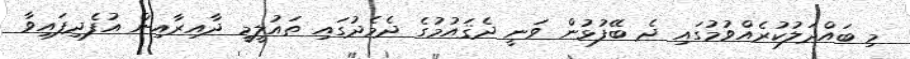
މި ބައްދަލުކުރެއްވުމުގައި ދެ ބޭފުޅުން ވަނީ ދެޤައުމުގެ ދެމެދުގައި ތައުލީމީ ދާއިރާއިން އުފެދިފައިވާ